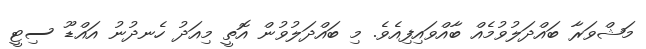
މަޝްވަރާ ބައްދަލުވުމެއް ބާއްވައިފިއެވެ. މި ބައްދަލުވުން އޮތީ މިއަދު ހެނދުނު އައްޑޫ ސިޓީ